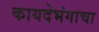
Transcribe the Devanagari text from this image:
कायदेभंगाचा